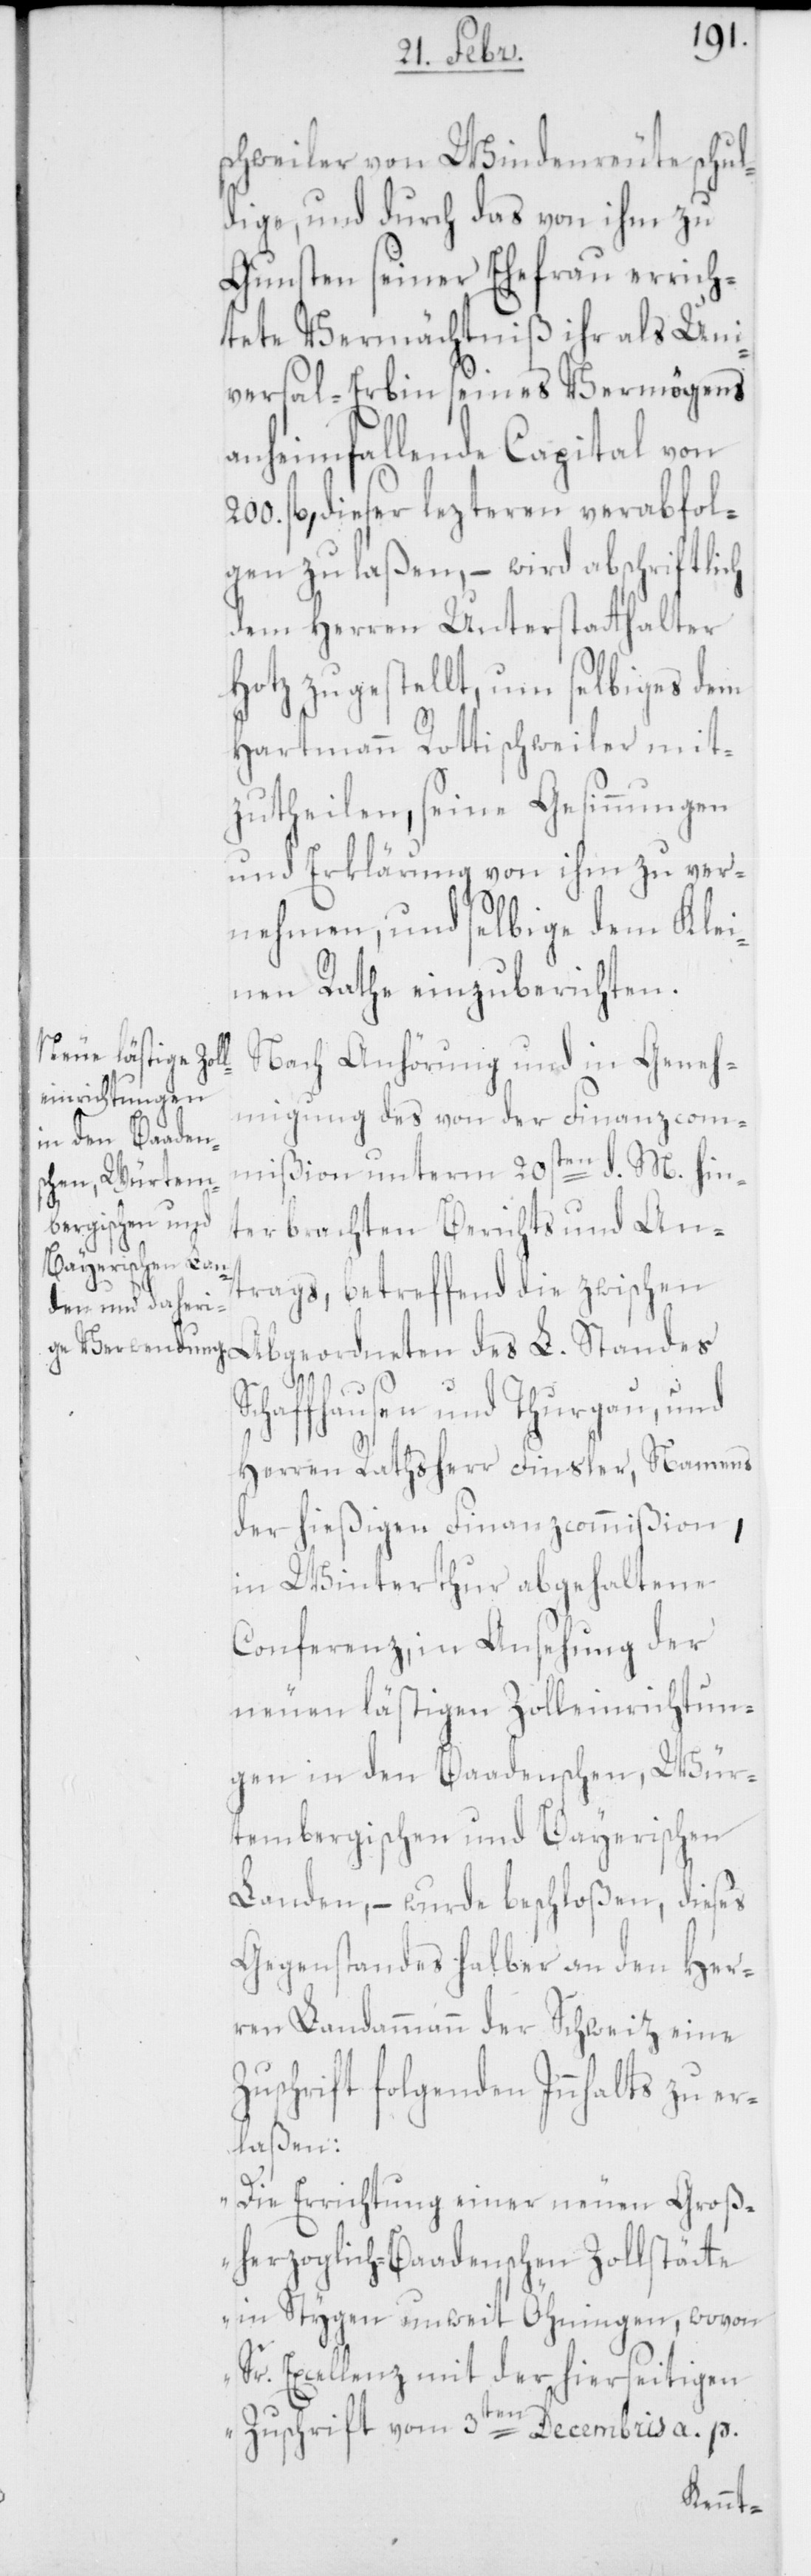
schweiler von Windenreute schul¬
dige, und durch das von ihm zu
Gunsten seiner Ehefrau errich¬
tete Vermächtniß ihr als Uni¬
versal-Erbin seines Vermögens
anheim fallende Capital von
200. fl., dieser lezteren verabfol¬
gen zu laßen, – wird abschriftlich
dem Herren Unterstatthalter
Hotz zugestellt, um selbiges dem
Hartmann Rottischweiler mit¬
zutheilen, seine Gesinnungen
und Erklärung von ihm zu ver¬
nehmen, und selbige dem Klei¬
nen Rathe einzuberichten.
Nach Anhörung und in Geneh¬
migung des von der Finanzcom¬
mißion unterm 20sten d. M. hin¬
terbrachten Berichts und An¬
trags, betreffend die zwischen
Abgeordneten des L. Standes
Schaffhausen und Thurgau, und
Herren Rathsherr Finsler, Namens
der hießigen Finanzcommißion,
in Winterthur abgehaltene
Conferenz, in Ansehung der
neuen lästigen Zolleinrichtun¬
gen in den Baadenschen, Wür¬
tembergischen und Bayerischen
Landen, – wurde beschloßen, dieses
Gegenstandes halber an den Her¬
ren Landammann der Schweiz eine
Zuschrift folgenden Innhalts zu er¬
laßen:
„Die Errichtung einer neuen Groß¬
herzoglich-Baadenschen Zollstäte
in Stygen unweit Öhningen, wovon
Sr. Excellenz mit der hierseitigen
Zuschrift vom 3ten Decembris a. p.